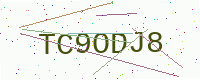
Text: TC9ODJ8